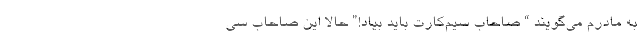
به مادرم می‌گویند “ صاحاب سیم‌کارت باید بیاد!” حالا این صاحابِ سی